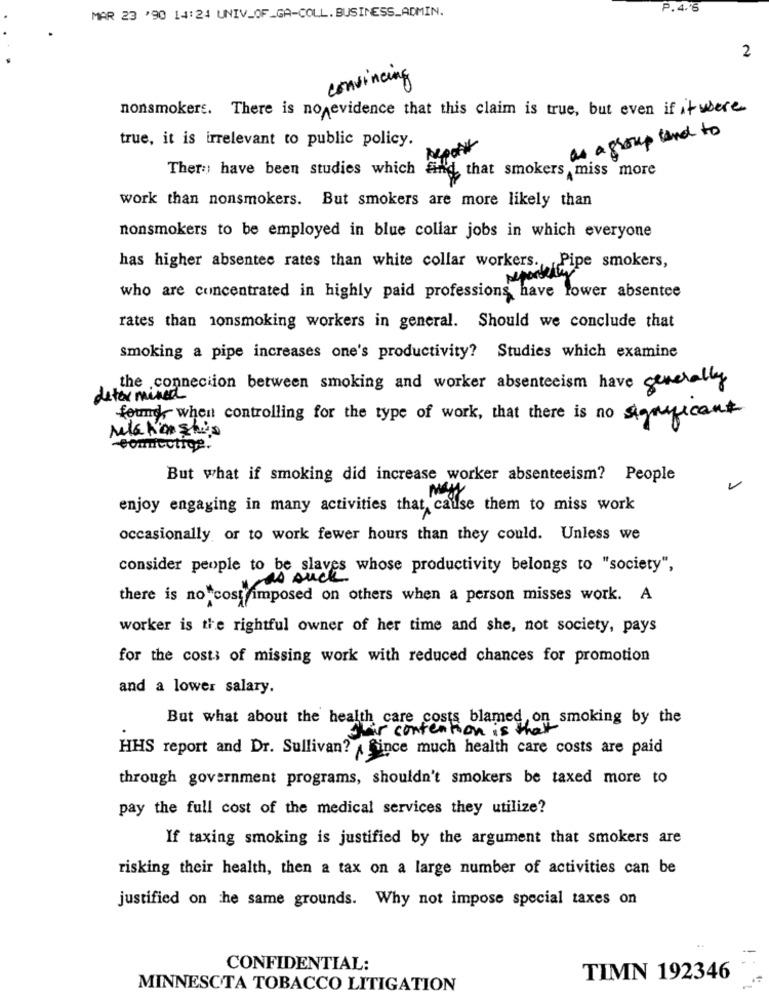
P.4.6
MAR 23 '90 14:24 UNIV_OF_GA-COLL. BUSINESS_ADMIN.
2
convincing
nonsmokers. There is no evidence that this claim is true, but even if it were
true, it is irrelevant to public policy.
*
as a group land to
There have been studies which
And, that smokers miss more
work than nonsmokers. But smokers are more likely than
nonsmokers to be employed in blue collar jobs in which everyone
has higher absentee rates than white collar workers. Pipe smokers,
reportede
who are concentrated in highly paid professions have lower absentee
rates than nonsmoking workers in general. Should we conclude that
smoking a pipe increases one's productivity? Studies which examine
the connection between smoking and worker absenteeism have generally
determined
found when controlling for the type of work, that there is no significant
relationship
But what if smoking did increase worker absenteeism? People
May
enjoy engaging in many activities that cause them to miss work
occasionally or to work fewer hours than they could. Unless we
consider people to be slaves
as such whose productivity belongs to "society",
there is no cost imposed on others when a person misses work. A
worker is the rightful owner of her time and she, not society, pays
for the costs of missing work with reduced chances for promotion
and a lower salary.
But what about the health care costs blamed, on smoking by the
Their contention is that
HHS report and Dr. Sullivan? Since much health care costs are paid
through government programs, shouldn't smokers be taxed more to
pay the full cost of the medical services they utilize?
If taxing smoking is justified by the argument that smokers are
risking their health, then a tax on a large number of activities can be
justified on he same grounds. Why not impose special taxes on
CONFIDENTIAL:
TIMN 192346
MINNESOTA TOBACCO LITIGATION